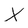
Character: X